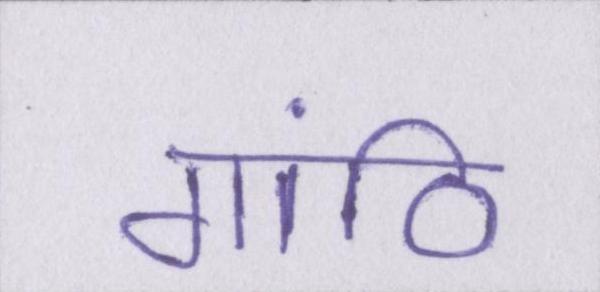
गांठि